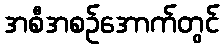
အစီအစဉ်အောက်တွင်